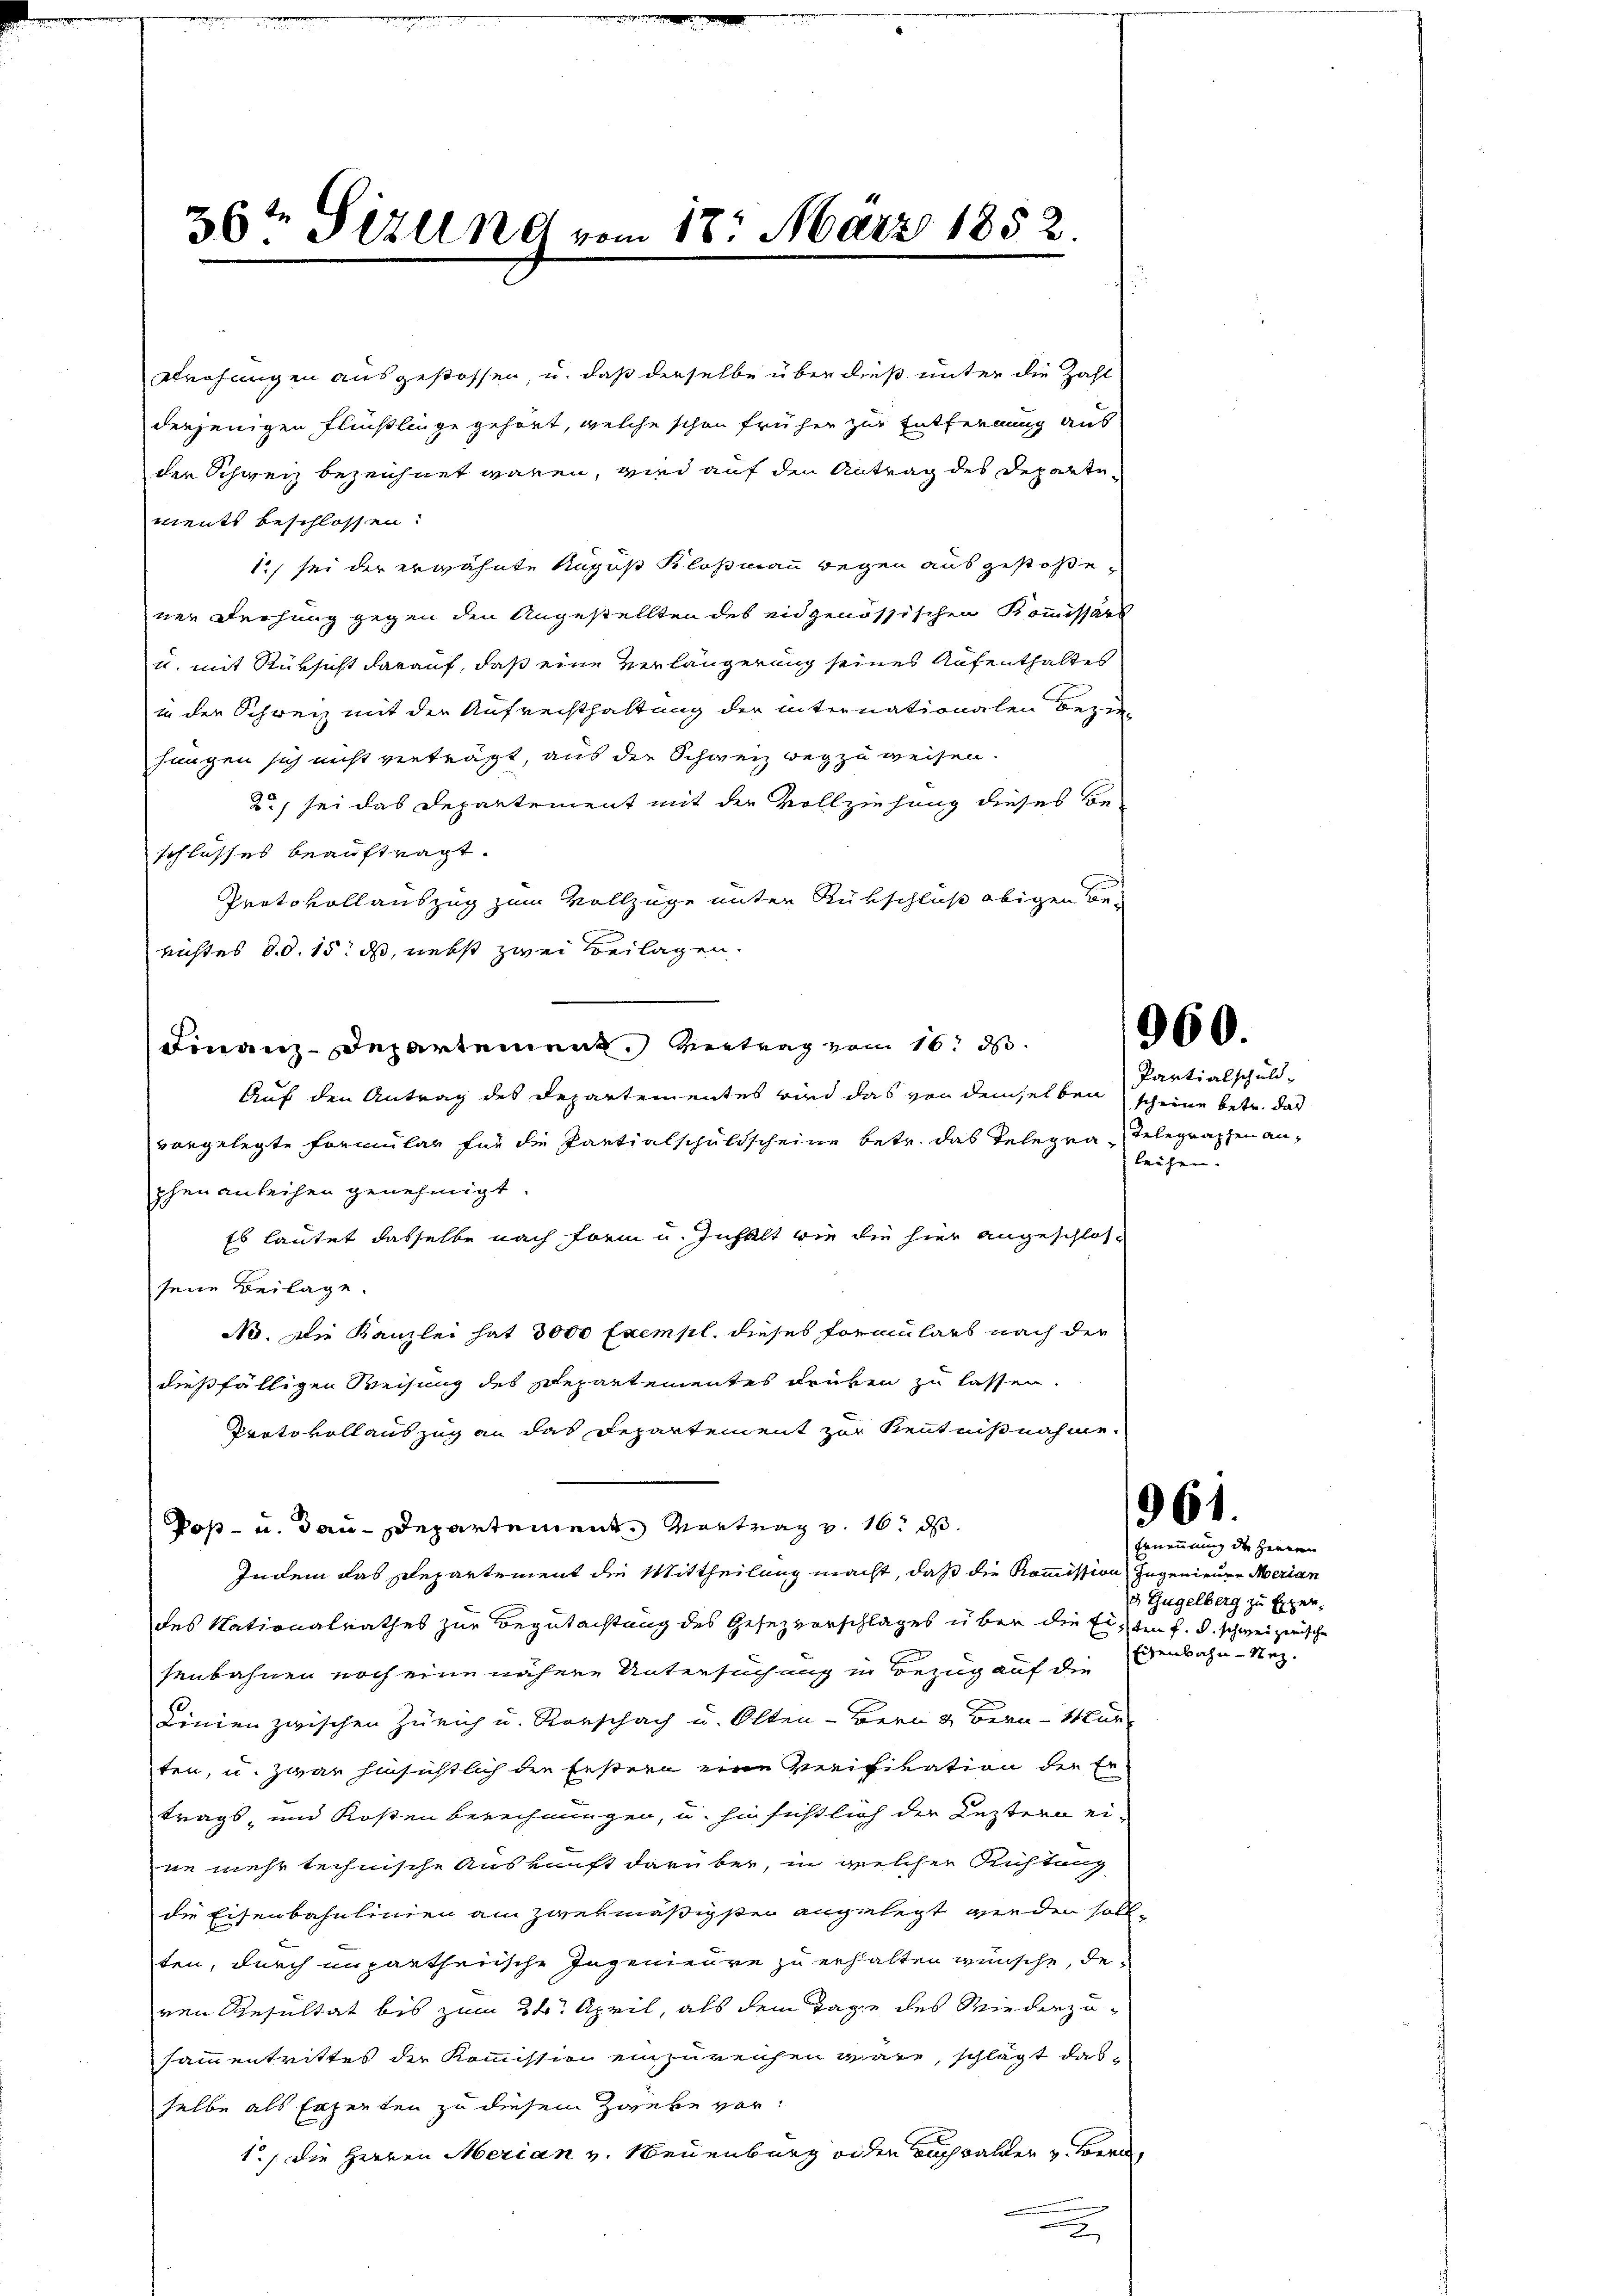
36te Sizung vom 17. März 1852.

Strohungen ausgestossen, u. daß derselbe über dieß unter die Zahl
derjenigen Flühlinge gehört, welche schon früher zur Entfernung aus
der Schweiz bezeichnet waren, wird auf den Antrag des Departements beschlossen:
1) sei der erwähnte Kapus Kloßmann wegen ausgestoßener Dechung gegen den Angestellten des eidgenössischen Kommissärs
tt. mit Rüksicht darauf, daß eine Verlängerung seines Aufenthaltes
in der Schweiz mit der Aufrechthaltung der internationalen Bezie-
hungen sich nicht verträgt, aus der Schweiz wegzuweisen.
2) sei das Departement mit der Vollziehung dieses Beschlusses beauftragt.
Protokollauszug zum Vollzüge unter Rükschluß obigen Benichtes d.d. 15. ds, nebst zwei Beilagen.
Finanz-Departement. Vertrag vom 16. ds.
Auf den Antrag des Departementes wird das von demselben scheine betr. das
vorgelegte Formular für die Partialschuldscheine betr. das Telegra Telegraphen anphen anleihen genehmigt.
Es lautet dasselbe nach Form u. Inhalt wie die hier angeschlos-
seine Beilage.
No. Die Kanzlei hat 3000 Exempl. dieses Formulars nach der
dießfälligen Weisung des Departementes drüben zu lassen.
Protokollauszug an das Departement zur Kenntnißnahme.
Poß- u. dan - Departement. Vortrag v. 16. ds.
Indem das Departement die Mittheilung macht, daß die Kommission zugenieure Merian
des Nationalrathes zur Begutachtung des Gesezvorschlages über die Eisten f. d. schweizerische
senbahnen noch eine nähere Untersuchung in Bezug auf die
Linien zwischen Zürich u. Rorschach u. Olten - Bern & Bern - Wür
ten, u. zwar hinsichtlich die Festern eine Verifikation der Er
trags, und Kosten Berechnungen, u. hinsichtlich der Leztern eine mehr technische Auskunft darüber, in welcher Richtung
die Eisenbahnlinien am zweymäßigsten angelegt wieden soll,
ten, durch unpartheiische Ingenieure zu erhalten wünsche, de
ren Resultat bis zum 24. April, als dem Tage des Wiederzusammentrittes der Kommission einzureichen wäre, schlägt das
selbe als Erzenten zu diesem Zweke vor:
1./ die Herren Merian v. Neuenburg oder auch balder v. Bern,

.

960.

Partialschuld-
leihen.

961.

Ernennung der Herren
 Zügelberg zu Exper¬
Eisenbahn-Nez.